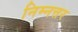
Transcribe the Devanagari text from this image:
निम्नत्तर